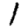
Digit: 1